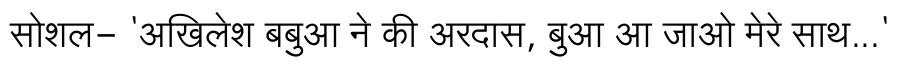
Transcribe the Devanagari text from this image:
सोशल- 'अखिलेश बबुआ ने की अरदास, बुआ आ जाओ मेरे साथ...'